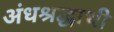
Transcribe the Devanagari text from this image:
अंधश्रद्धाथी